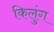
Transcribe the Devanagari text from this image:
किलुंग